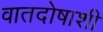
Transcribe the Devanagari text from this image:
वातदोषाशी